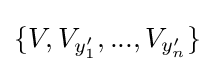
\{V,V_{y'_{1}},...,V_{y'_{n}}\}